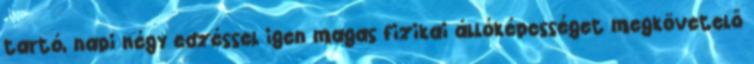
tartó, napi négy edzéssel igen magas fizikai állóképességet megkövetelő